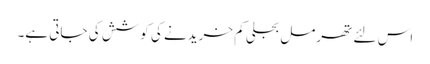
اس لئے تھرمل بجلی کم خریدنے کی کوشش کی جاتی ہے۔